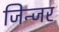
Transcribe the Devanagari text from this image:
जिन्जर